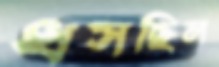
ধসছিল